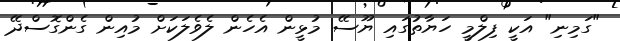
"ގަމިނި" އަކީ ފިލްމީ ހަޔާތުގައި ޔޫސޭ މުޅީން އެހެން ލެވެލަކަށް މުއިން ގެންގޮސްދޭ